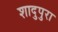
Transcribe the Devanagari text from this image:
शादुपुरा